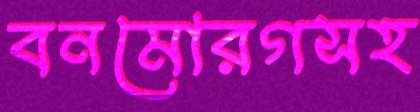
বনমোরগসহ